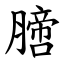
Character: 膪